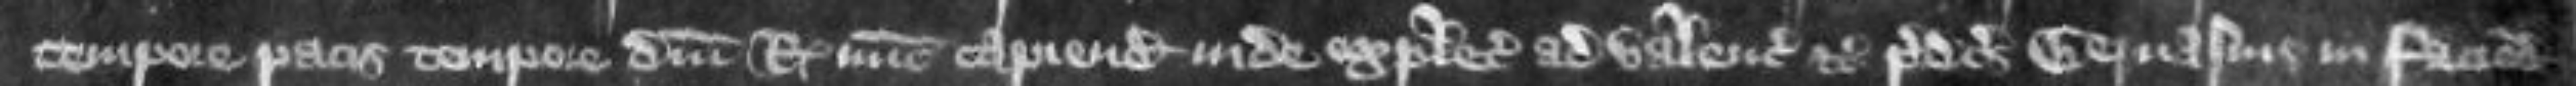
tempore pacis tempore domini regis nunc capiendo inde expletias ad valenciam etc predictus Gervasius in faciendo